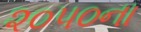
૨૦૫૦ના